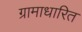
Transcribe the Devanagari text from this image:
ग्रामाधारित